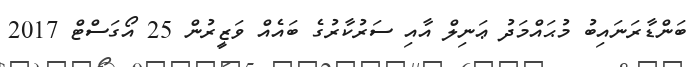
ބަންޑާރަނައިބު މުޙައްމަދު ޢަނިލް އާއި ސަރުކާރުގެ ބައެއް ވަޒީރުން 25 އޯގަސްޓް 2017